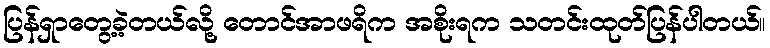
ပြန်ရှာတွေ့ခဲ့တယ်လို့ တောင်အာဖရိက အစိုးရက သတင်းထုတ်ပြန်ပါတယ်။